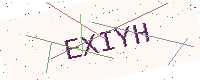
Text: EXIYH